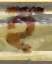
হ